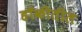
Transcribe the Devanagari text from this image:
हॉकीतील